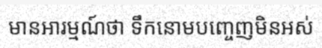
មានអារម្មណ៍ថា ទឹកនោមបញ្ចេញមិនអស់